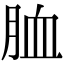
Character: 𦚡